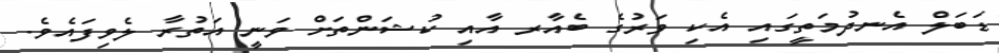
ޑަބަލް އެނދުމަތީގައި އެކި ވަރުގެ ބެއާރ އާއި ކުޝަންތަށް ވަނީ އަތުރާ ލެވިފައެވެ.